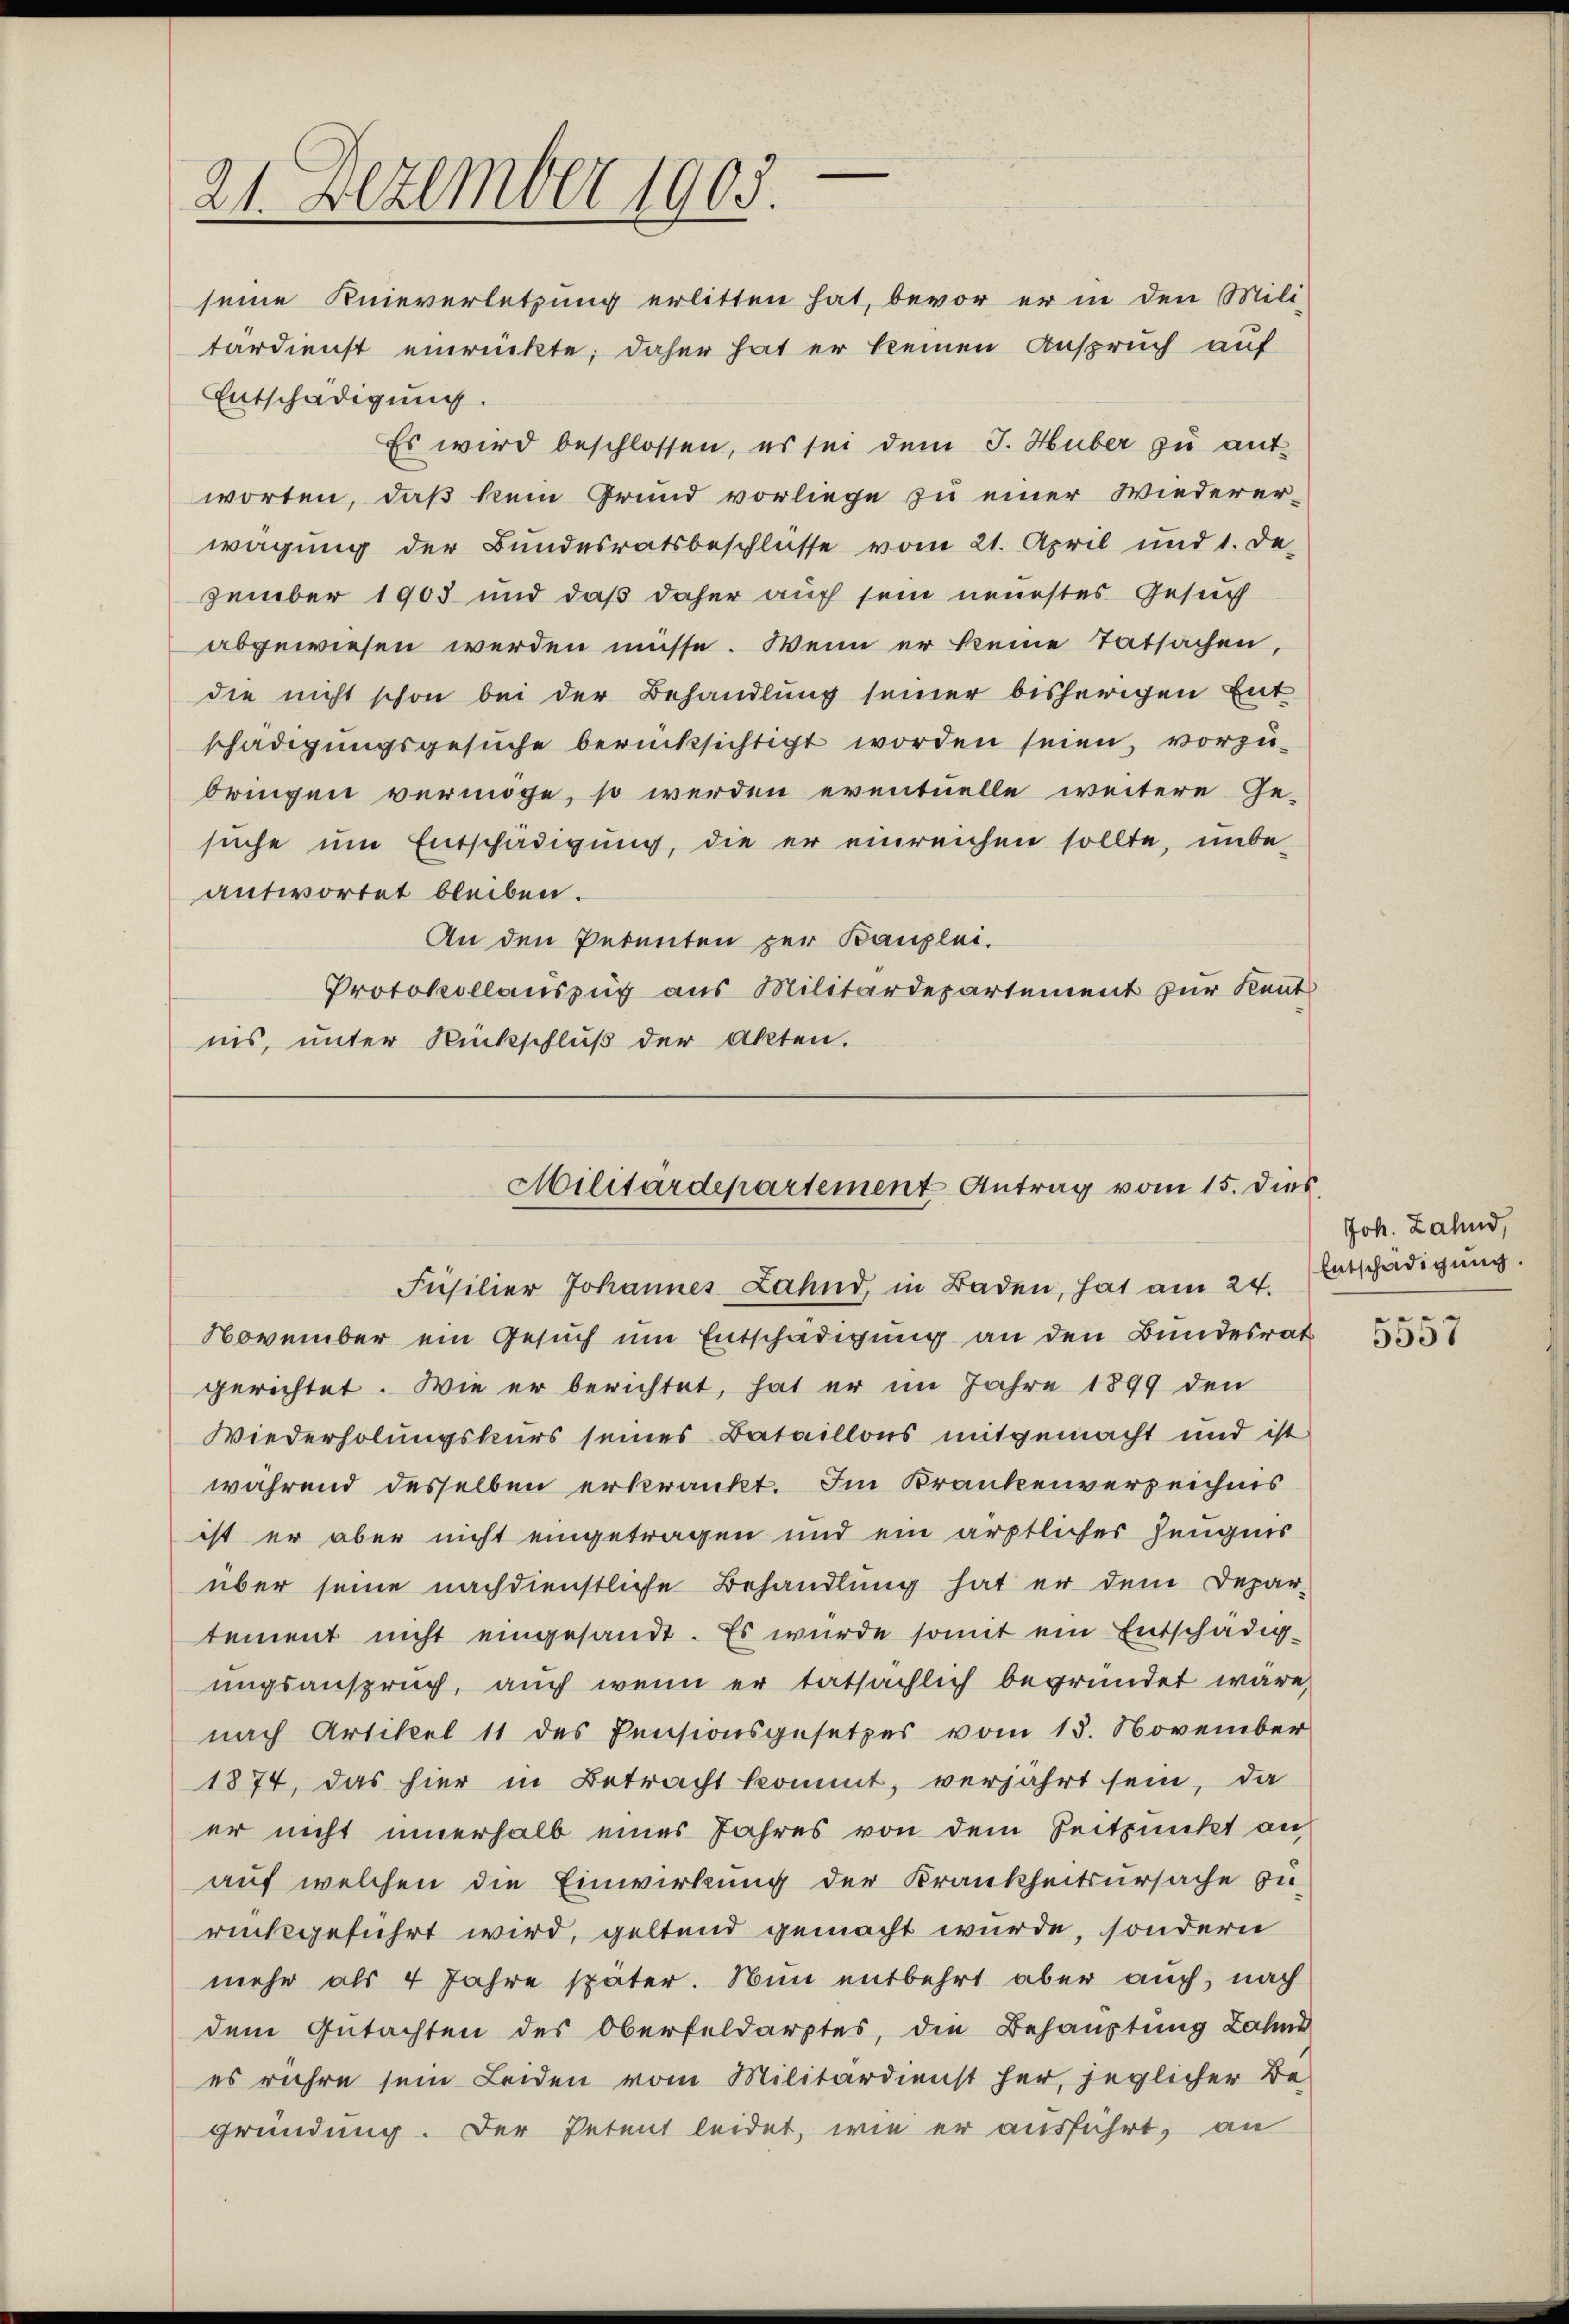
21. Dezember 1903.

seine Knieverletzung erlitten hat, bevor er in den Mili-
tärdienst einrückte; daher hat er keinen Anspruch auf
Entschädigung.
Es wird beschlossen, es sei dem J. Huber zu ant-
worten, daß kein Grund vorliege zu einer Wiedererwagung der Bundesratsbeschlüsse vom 21. April und 1. De-
zember 1903 und daß daher auch sein neuestes Gesuch
abgewiesen werden müsse. Wenn er keine Tatsachen,
die nicht schon bei der Behandlung seiner bisherigen Ent
schädigungsgesuche berücksichtigt worden seien, vorzu-
bringen vermöge, so werden eventuelle weitere Ge-
suche um Entschädigung, die er einreichen sollte, unbe-
antwortet bleiben.
An den Petenten zur Bauplei.
Protokollauszug aus Militärdepartement zur Kennt
nis, unter Rückschluß der Akten.

Militärdepartement Antrag vom 15. dies

Füsilier Johannes Lahnd, in Baden, hat am 24. Etschädigŭng.
November ein Gesuch um Entschädigung an den Bundesrat
gerichtet. Wie er berichtet, hat er im Jahre 1899 den
Wiederholungskurs seines Bataillons mitgemacht und ist
während desselben erkrankt. Im Krankenverzeichnis
ist er aber nicht eingetragen und ein ärztliches Zeugnis
über seine nachdienstliche Behandlung hat er dem Depar-
tement nicht eingesandt. Es wurde somit ein Entschädig-
ungsanspruch, auch wenn er tatsächlich begründet wäre,
nach Artikel 11 des Pensionsgesetzes vom 15. November
1874, das hier in Betracht kommt, verjährt sein, da
er nicht innerhalb eines Jahres von dem Seitpunkt an
auf welchen die Einwirkung der Krankheitsursache zurückgeführt wird, geltend gemacht wurde, sondern
mehr als 4 Jahre später. Nun entbehrt aber auch, nach
dem Gutachten des Oberfeldarptes, die Behauptung Zahns
es rühre sein Leiden vom Militärdienst her, jeglicher Be-
gründung. Der Petent leidet, wie er ausführt, an

Joh. Zahnd,

e
3007